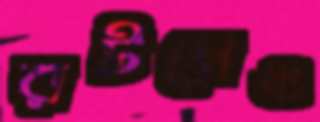
রটলেও